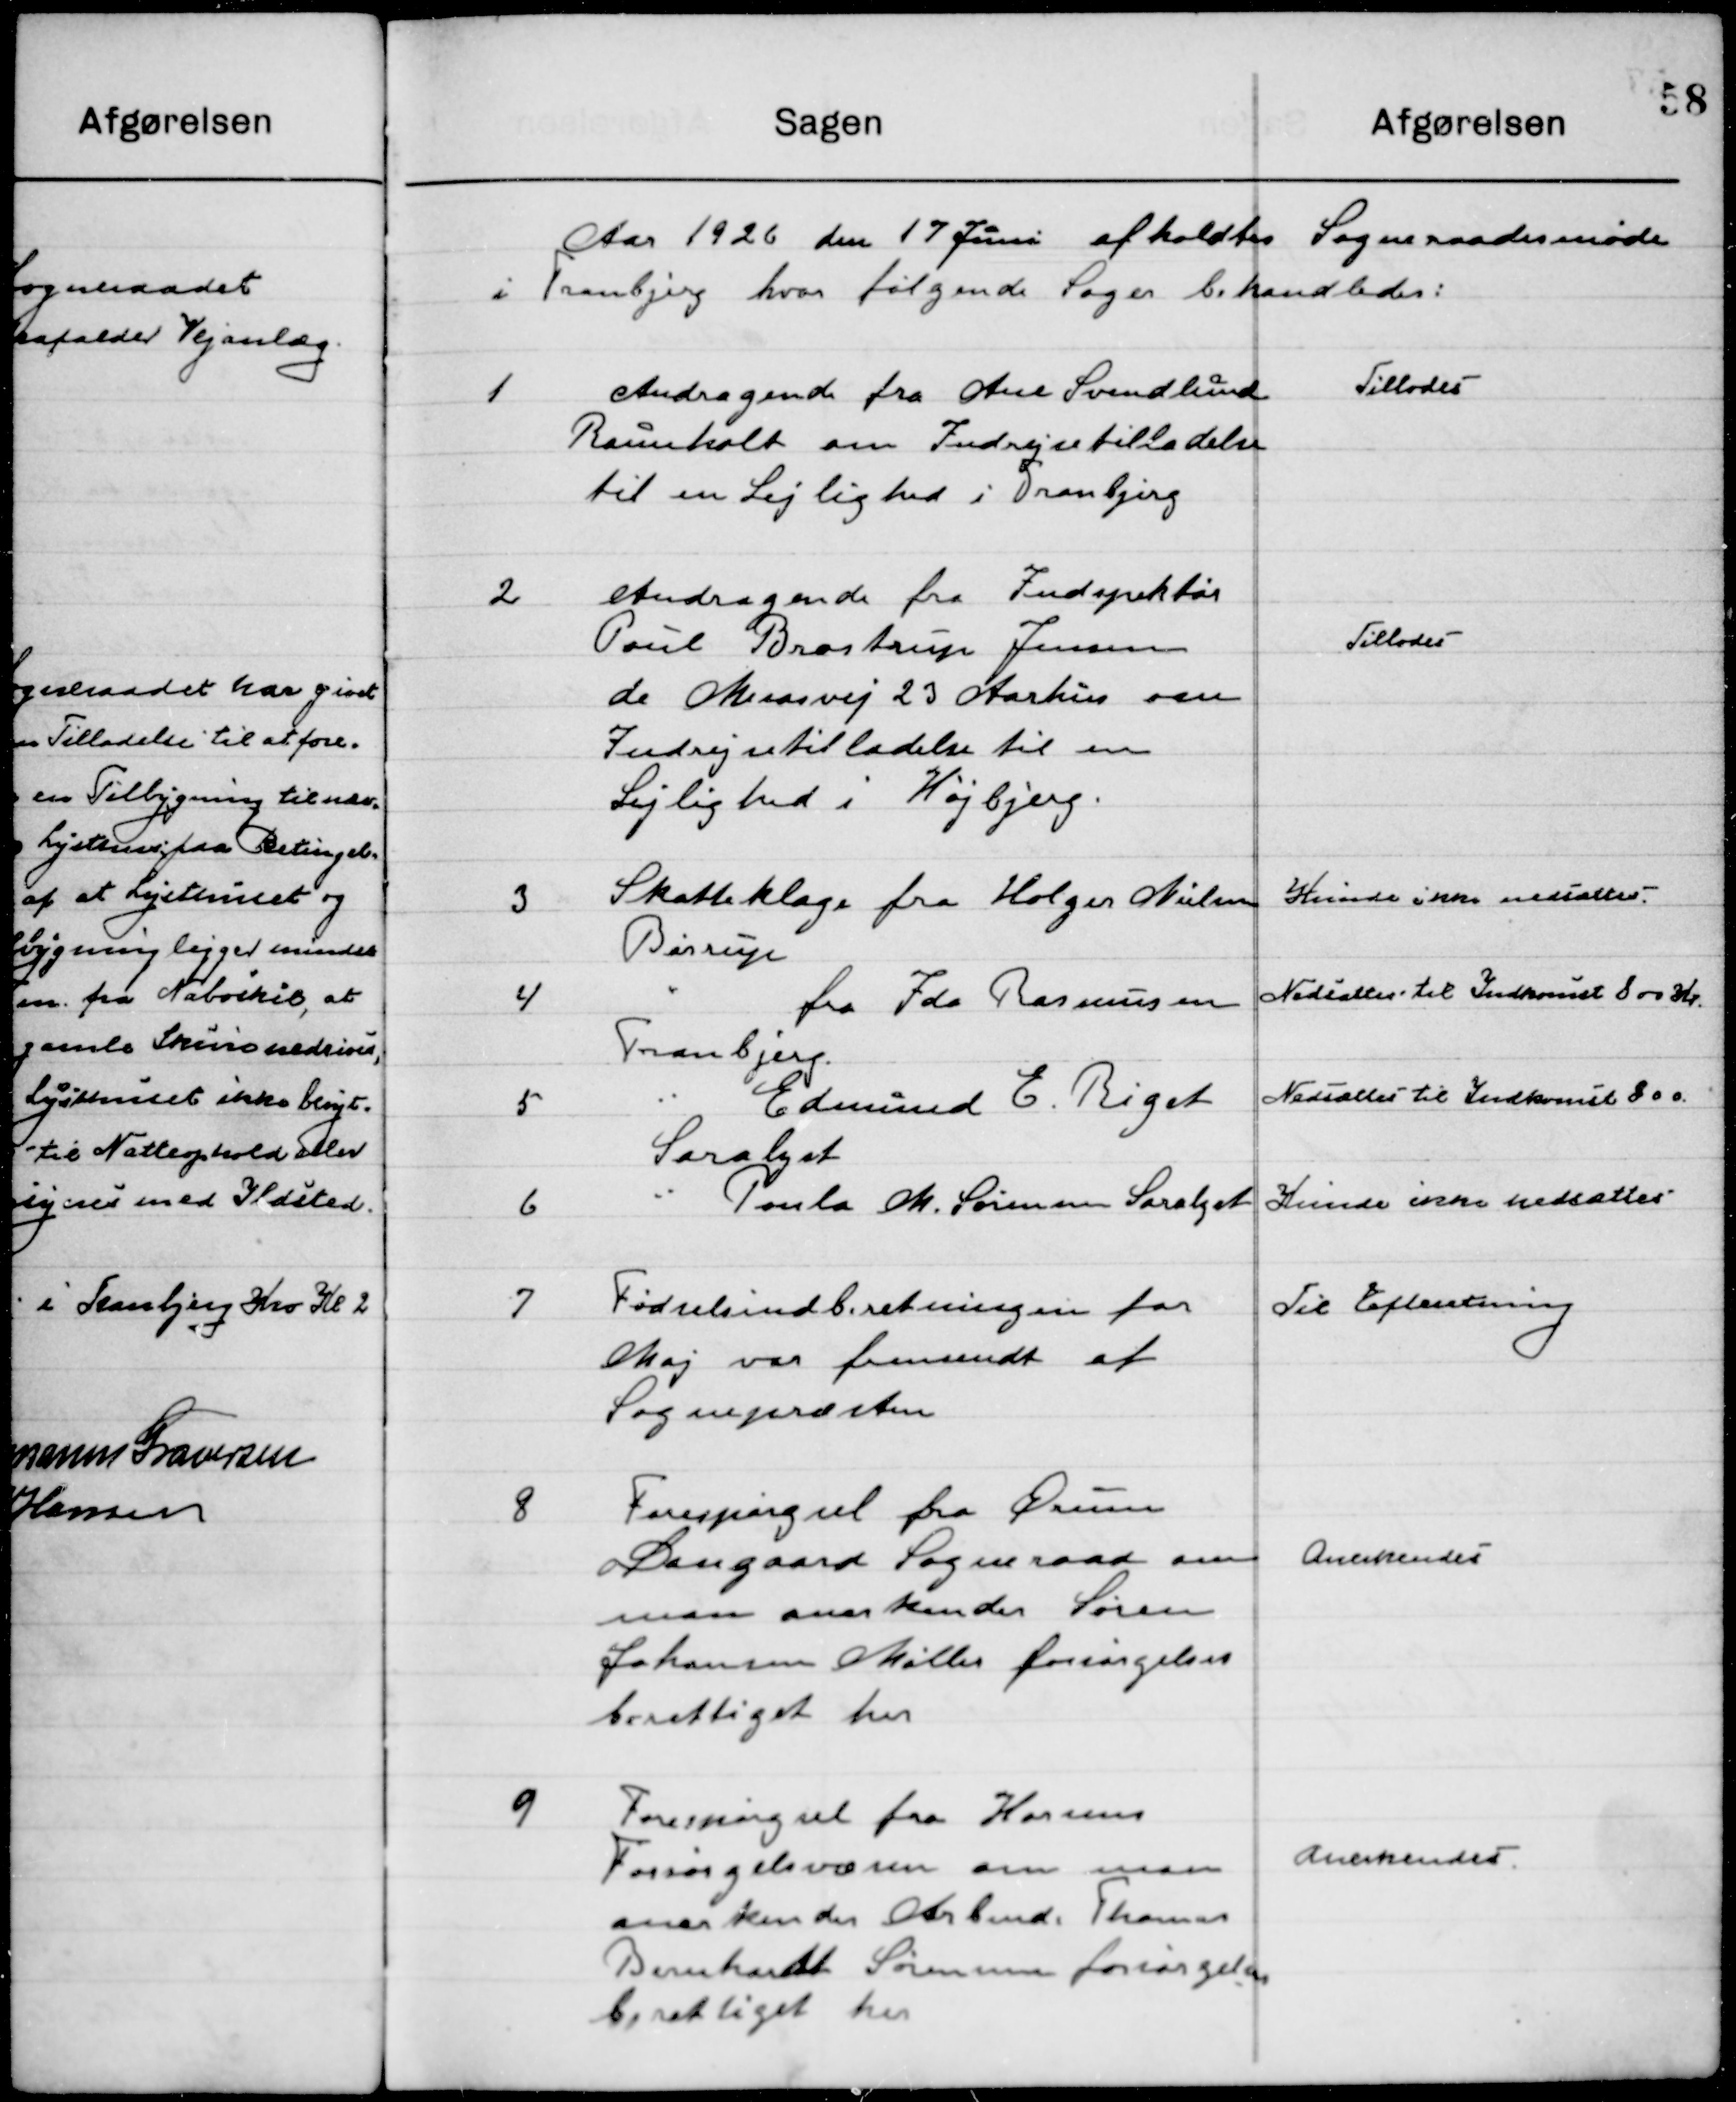
Transskription:
Aaret 1926 d. 17 Juni afholdtes  Sogneraadsmøde 
i Tranbjerg hvor følgende Sager behandledes.

1

Andragende fra Ane Svendlund
Raunholt om Indrejsetilladelse
til en Lejlighed i Tranbjerg.

Tillodes

2

Andragende fra Inspektør
Paul Bræstrup Jensen
de Mesasvej 23 Aarhus om
Indrejsetilladelse til en
Lejlighed i Højbjerg.

Tillodes

3

Skatteklage Holger Nielsen	
Bjøstrup

Kunde ikke nedsættes

4

Fra Ida Rasmussen
Tranbjerg

Nedsættes til Indkomst 800 Kr.

5

Edmund E. Riget 
Saralyst

Nedsættes til Indkomst 800.

6

Poula M. Sørensen Saralyst

Kunde ikke nedsættes

7

Fødselsindberetning for
Maj var fremsendt af
Sognepræsten

Til Efterretning

8

Forespørgsel fra Ørum
”Damgaard” Sogneraad om 
 man Anerkender Søren
Johansen Møller forsørgelses-
berettiget her.

Anerkendes

9

Forespørgsel fra Horsens
Forsørgelsesvæsen om man
Anerkender Arbmd. Thomas
Bernhardt Sørensen forsørgelses-
berettiget her.

Anerkendes.